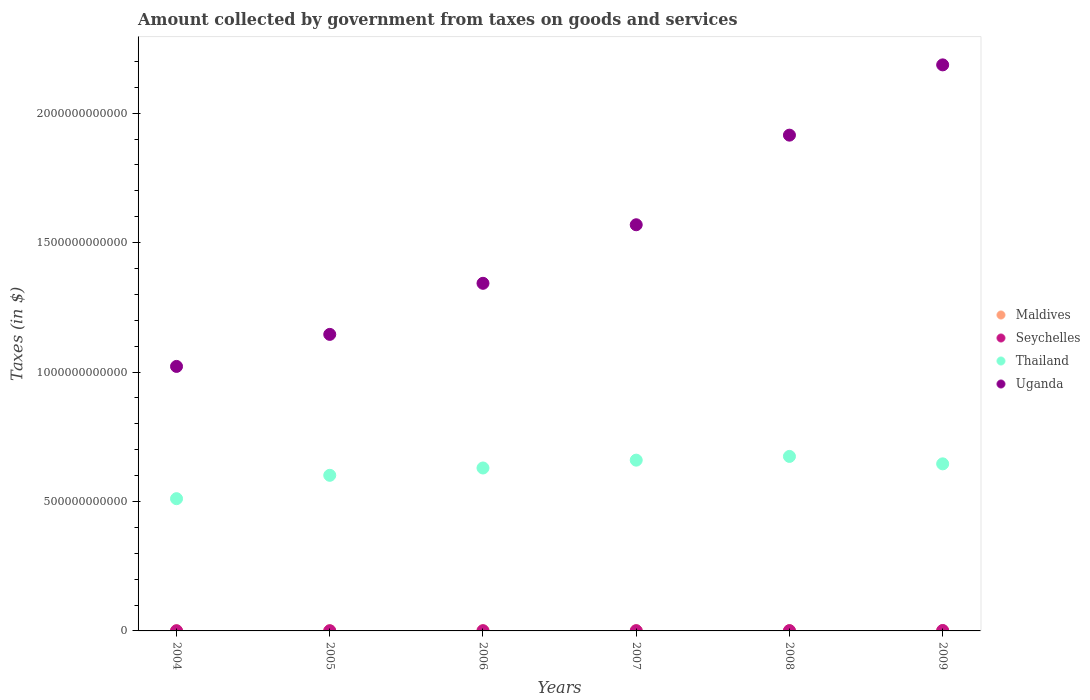
| Years | Maldives | Seychelles | Thailand | Uganda |
 | --- | --- | --- | --- | --- |
 | 2004 | 4.50e+08 | 6.87e+08 | 5.11e+11 | 1.02e+12 |
 | 2005 | 3.91e+08 | 7.52e+08 | 6.01e+11 | 1.15e+12 |
 | 2006 | 5.49e+08 | 8.21e+08 | 6.29e+11 | 1.34e+12 |
 | 2007 | 6.08e+08 | 9.26e+08 | 6.6e+11 | 1.57e+12 |
 | 2008 | 6.38e+08 | 1.15e+09 | 6.74e+11 | 1.92e+12 |
 | 2009 | 6.1e+08 | 1.66e+09 | 6.45e+11 | 2.19e+12 |